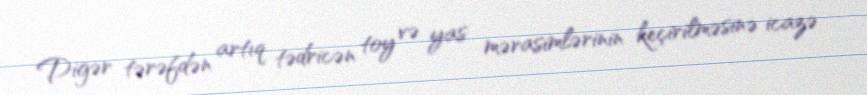
Digər tərəfdən artıq tədricən toy və yas mərasimlərinin keçirilməsinə icazə